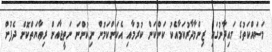
މަސައްކަތުގެ މައިދާނުގައި ޒިންމާދާރުކަމާއެކު ކަންކަން ކުރުމާއި އެކަންކަމުން ނިކުންނަ ނަތީޖާއަށް ރިޢާޔަތްކޮށް ދެފުށް